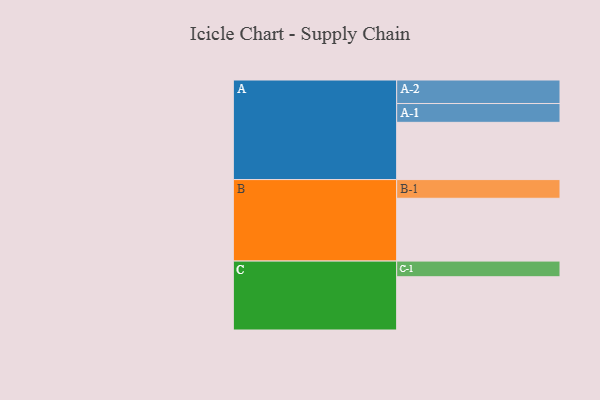
{"axis": {"x": "Segment", "y": "Value"}, "legend": ["", "A", "B", "C"], "data": [{"x": "A", "y": 545, "type": ""}, {"x": "B", "y": 598, "type": ""}, {"x": "C", "y": 507, "type": ""}, {"x": "A-1", "y": 179, "type": "A"}, {"x": "A-2", "y": 224, "type": "A"}, {"x": "B-1", "y": 178, "type": "B"}, {"x": "C-1", "y": 149, "type": "C"}]}